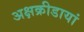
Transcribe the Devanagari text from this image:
अक्षक्रीडायां